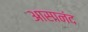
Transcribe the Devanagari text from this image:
आसानंद